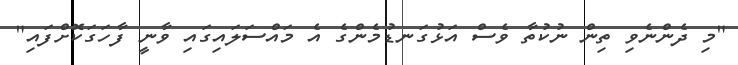
"މި ދެންނެވި ތިން ނުކުތާ ވެސް އަޅުގަނޑުމެންގެ އެ މައްސަލައިގައި ވާނީ ފާހަގަކޮށްފައި"